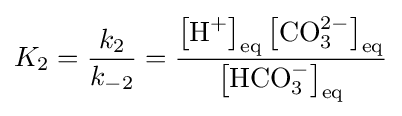
K_{2}={\frac {k_{2}}{k_{-2}}}={\frac {\left[{\textrm {H}}^{+}\right]_{\text{eq}}\left[{\textrm {CO}}_{3}^{2-}\right]_{\text{eq}}}{\left[{\textrm {HCO}}_{3}^{-}\right]_{\text{eq}}}}